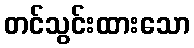
တင်သွင်းထားသော